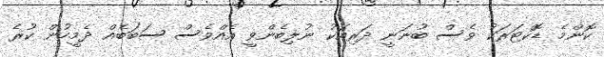
ކޮންމެ ޑޮކްޓަރަކު ވެސް ބުނަނީ ދަރިއަކު ނުލިބެންވީ އެއްވެސް ސަބަބެއް ދެމީހުން ކުރެ